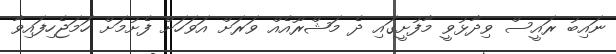
ނައިބު ރައީސް ވިދާޅުވީ މާފުށީގައި ދެ މަޝްރޫއެއް ވަރަށް އަވަހަށް ފެށުމަށް ހަމަޖެހިފައިވާ